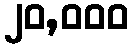
၂၀,၀၀၀